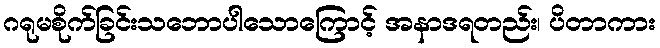
ဂရုမစိုက်ခြင်းသဘောပါသောကြောင့် အနာဒရတည်း၊ ပိတာကား